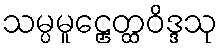
သမ္ပမူဠှေတ္ထဝိဒ္ဒသု